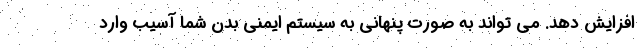
افزایش دهد. می تواند به صورت پنهانی به سیستم ایمنی بدن شما آسیب وارد